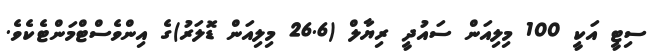
ސިޓީ އަކީ 100 މިލިއަން ސައުދީ ރިޔާލް (26.6 މިލިއަން ޑޮލަރު)ގެ އިންވެސްޓްމަންޓެކެވެ.